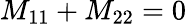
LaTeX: M_{\mathrm{11}}+M_{\mathrm{22}}=0